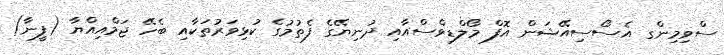
ސްވިމިންގ އެސޯސިއޭޝަން އޮފް މޯލްޑިވްސްއާއި ދުނިޔޭގެ ފެތުމުގެ ކުޅިވަރުތަކާއި ބެހޭ ޖަމްއިއްޔާ (ފީނާ)